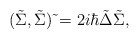
\begin{align*}(\tilde\Sigma,\tilde\Sigma)\,\tilde{}=2i\hbar\tilde\Delta \tilde\Sigma,\end{align*}